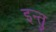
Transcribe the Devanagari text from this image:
इन्तु